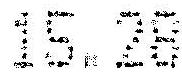
15.28